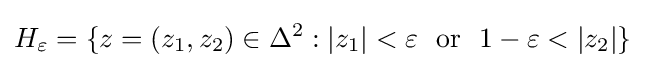
H_{\varepsilon }=\{z=(z_{1},z_{2})\in \Delta ^{2}:|z_{1}|<\varepsilon \ \ {\text{or}}\ \ 1-\varepsilon <|z_{2}|\}